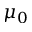
\mu _ { 0 }